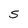
Character: S